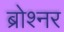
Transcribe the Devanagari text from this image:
ब्रोश्नर